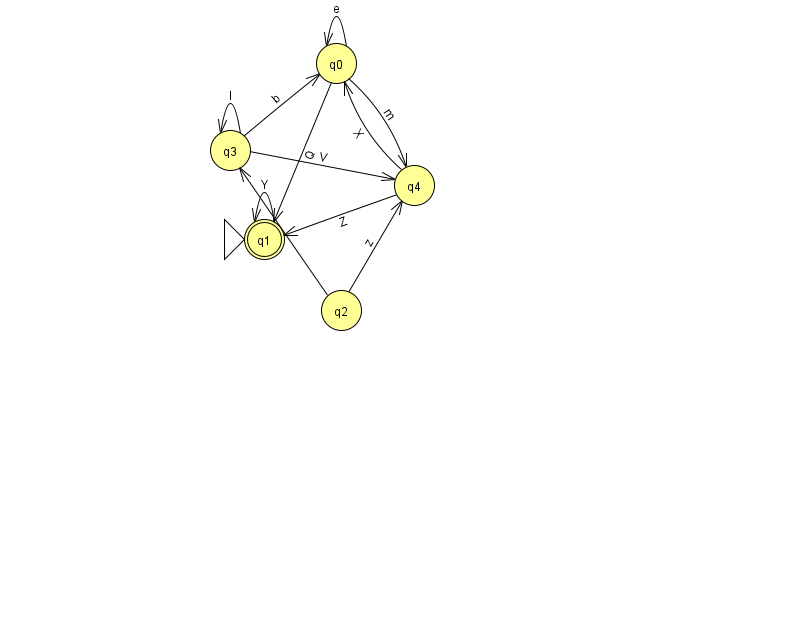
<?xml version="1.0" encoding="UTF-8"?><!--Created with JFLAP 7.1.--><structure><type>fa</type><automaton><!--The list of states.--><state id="0" name="q0"><x>336.0</x><y>50.0</y></state><state id="1" name="q1"><x>264.0</x><y>226.0</y><initial/><final/></state><state id="2" name="q2"><x>341.0</x><y>297.0</y></state><state id="3" name="q3"><x>230.0</x><y>137.0</y></state><state id="4" name="q4"><x>414.0</x><y>172.0</y></state><!--The list of transitions.--><transition><from>3</from><to>4</to><read>V</read></transition><transition><from>2</from><to>4</to><read>z</read></transition><transition><from>0</from><to>0</to><read>e</read></transition><transition><from>3</from><to>0</to><read>b</read></transition><transition><from>4</from><to>1</to><read>Z</read></transition><transition><from>1</from><to>1</to><read>Y</read></transition><transition><from>2</from><to>3</to><read>u</read></transition><transition><from>4</from><to>0</to><read>X</read></transition><transition><from>3</from><to>3</to><read>l</read></transition><transition><from>0</from><to>4</to><read>m</read></transition><transition><from>0</from><to>1</to><read>Q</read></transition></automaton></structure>